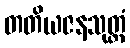
တတိယဇနသုတ္တံ